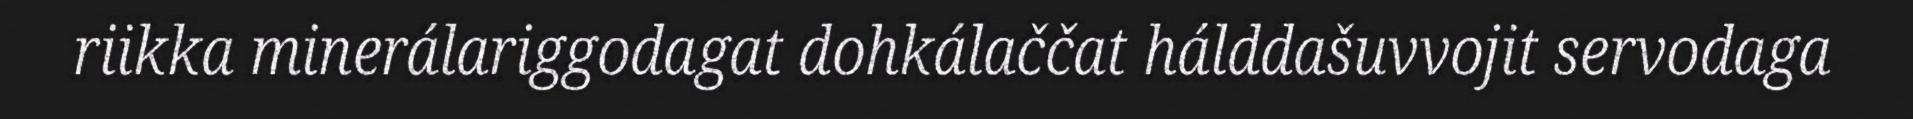
riikka minerálariggodagat dohkálaččat hálddašuvvojit servodaga